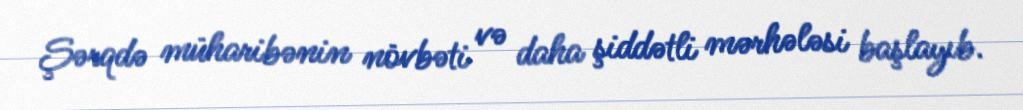
Şərqdə müharibənin növbəti və daha şiddətli mərhələsi başlayıb.